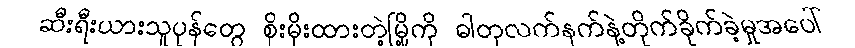
ဆီးရီးယားသူပုန်တွေ စိုးမိုးထားတဲ့မြို့ကို ဓါတုလက်နက်နဲ့တိုက်ခိုက်ခဲ့မှုအပေါ်